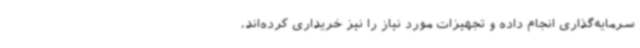
سرمایه‌گذاری انجام داده و تجهیزات مورد نیاز را نیز خریداری کرده‌اند،